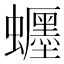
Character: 𧔹